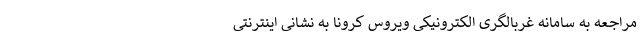
مراجعه به سامانه غربالگری الکترونیکی ویروس کرونا به نشانی اینترنتی